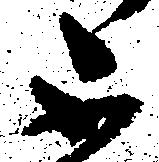
不